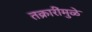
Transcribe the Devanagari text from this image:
तक्रारींमुळे